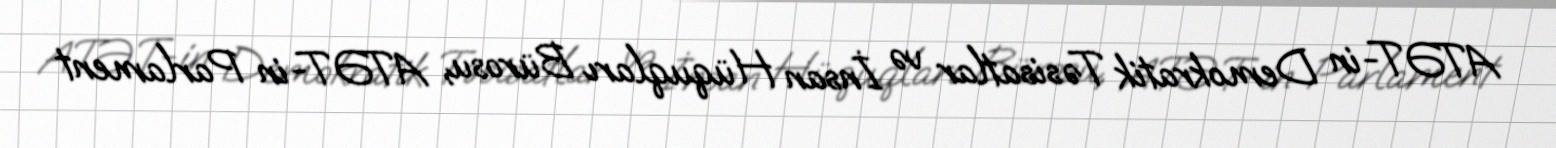
ATƏT-in Demokratik Təsisatlar və İnsan Hüquqları Bürosu, ATƏT-in Parlament